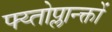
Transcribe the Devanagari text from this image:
फ्य्तोप्लान्क्तों